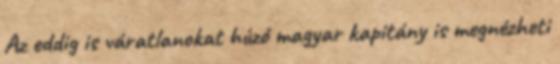
Az eddig is váratlanokat húzó magyar kapitány is megnézheti